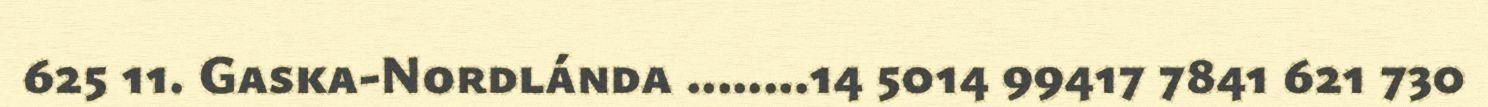
625 11. Gaska-Nordlánda ........14 5014 99417 7841 621 730